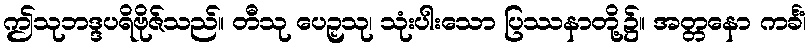
ဤသုဘဒ္ဒပရိဗိုဇ်သည်။ တီသု ပေဉှသု၊ သုံးပါးသော ပြဿနာတို့၌။ အတ္တနော ကင်္ခံ၊